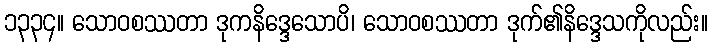
၁၃၃၄။ သောဝစဿတာ ဒုကနိဒ္ဒေသောပိ၊ သောဝစဿတာ ဒုက်၏နိဒ္ဒေသကိုလည်း။